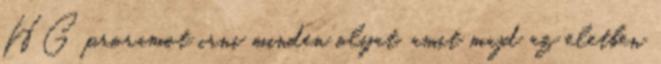
HG proramot irni minden olyat, amit majd az eletben